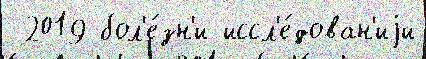
 2019 бол'е́зн'и иссл'е́дован'иjи